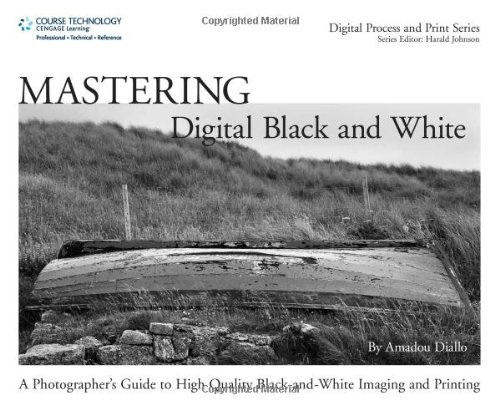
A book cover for Mastering Digital Black and White: A Photographer's Guide to High Quality Black-and-White Imaging and Printing (Digital Process and Print); Amadou Diallo; Arts & Photography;